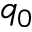
q _ { 0 }